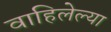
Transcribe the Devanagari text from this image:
वाहिलेल्‍या